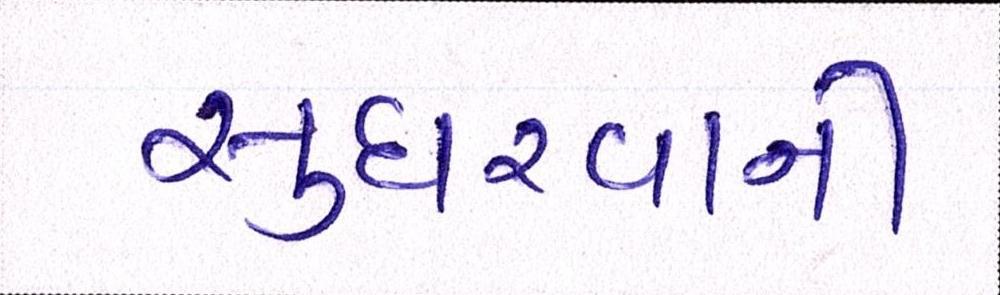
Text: સુધરવાની